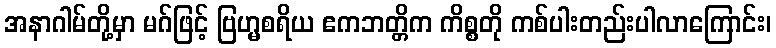
အနာဂါမ်တို့မှာ မဂ်ဖြင့် ဗြဟ္မစရိယ ဧကဘတ္တိက ကိစ္စတို ကစ်ပါးတည်းပါလာကြောင်း၊